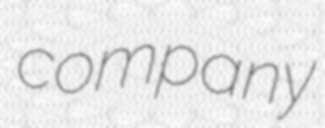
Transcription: company